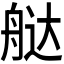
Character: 𬜔